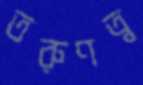
তরুণত্ব